Indian journal of veterinary science and animal husbandry - Volumes 26-27, 1956-1957
Year: 1956
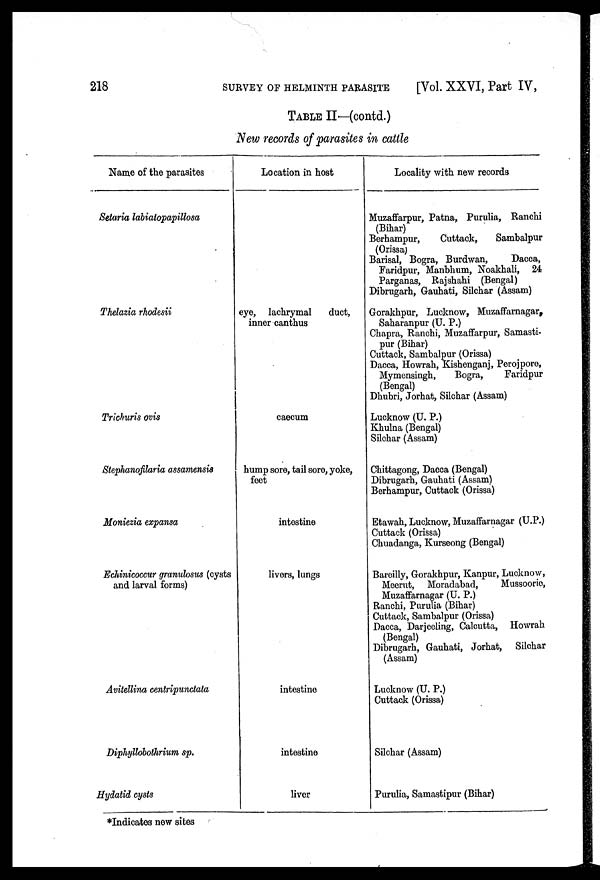
218
SURVEY
OF
HELMINTH
PARASITE
[Vol. XXVI, Part IV,
TABLE II—(contd.)
New records of parasites in cattle
Name of the parasites
Setaria labiatopapillosa
Thelazia rhodesii
Trichuris ovis
Stephanofilaria assamensis
Moniezia expansa
Echinicoccur granulosus (cysts
and larval forms)
Avitellina centripunctata
Diphyllobothrium sp.
Hydatid cysts
Location in host
eye, lachrymal
duct,
inner canthus
caecum
hump sore, tail sore, yoke,
feet
intestine
livers, lungs
intestine
intestine
liver
Locality with new records
Muzaffarpur, Patna, Purulia, Ranchi
(Bihar)
Berhampur,
Cuttack,
Sambalpur
(Orissa)
Barisal, Bogra, Burdwan,
Dacca,
Faridpur, Manbhum, Noakhali, 24
Parganas, Rajshahi (Bengal)
Dibrugarh, Gauhati, Silchar (Assam)
Gorakhpur, Lucknow, Muzaffarnagar,
Saharanpur (U. P.)
Chapra, Ranchi, Muzaffarpur, Samasti-
pur (Bihar)
Cuttack, Sambalpur (Orissa)
Dacca, Howrah, Kishenganj, Perojpore,
Mymensingh,
Bogra,
Faridpur
(Bengal)
Dhubri, Jorhat, Silchar (Assam)
Lucknow (U. P.)
Khulna (Bengal)
Silchar (Assam)
Chittagong, Dacca (Bengal)
Dibrugarh, Gauhati (Assam)
Berhampur, Cuttack (Orissa)
Etawah, Lucknow, Muzaffarnagar (U.P.)
Cuttack (Orissa)
Chuadanga, Kurseong (Bengal)
Bareilly, Gorakhpur, Kanpur, Lucknow,
Meerut, Moradabad,
Mussoorie,
Muzaffarnagar (U. P.)
Ranchi, Purulia (Bihar)
Cuttack, Sambalpur (Orissa)
Dacca, Darjeeling, Calcutta, Howrah
(Bengal)
Dibrugarh, Gauhati, Jorhat,
Silchar
(Assam)
Lucknow (U. P.)
Cuttack (Orissa)
Silchar (Assam)
Purulia, Samastipur (Bihar)
*Indicates new sites